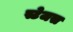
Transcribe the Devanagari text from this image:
स्टेजस